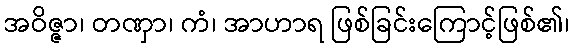
အဝိဇ္ဇာ၊ တဏှာ၊ ကံ၊ အာဟာရ ဖြစ်ခြင်းကြောင့်ဖြစ်၏၊